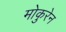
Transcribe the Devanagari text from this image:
मोकुरेन